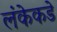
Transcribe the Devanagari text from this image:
लंकेकडे